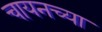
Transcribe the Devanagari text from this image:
चायनच्या